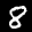
Label: 8